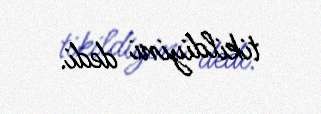
tikildiyini dedi.